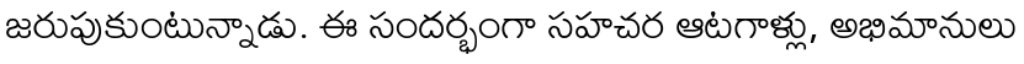
జరుపుకుంటున్నాడు. ఈ సందర్భంగా సహచర ఆటగాళ్లు, అభిమానులు